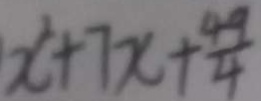
x ^ { 2 } + 7 x + \frac { 4 9 } { 4 }